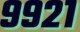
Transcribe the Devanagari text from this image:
९९२१